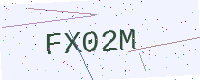
Text: FX02M